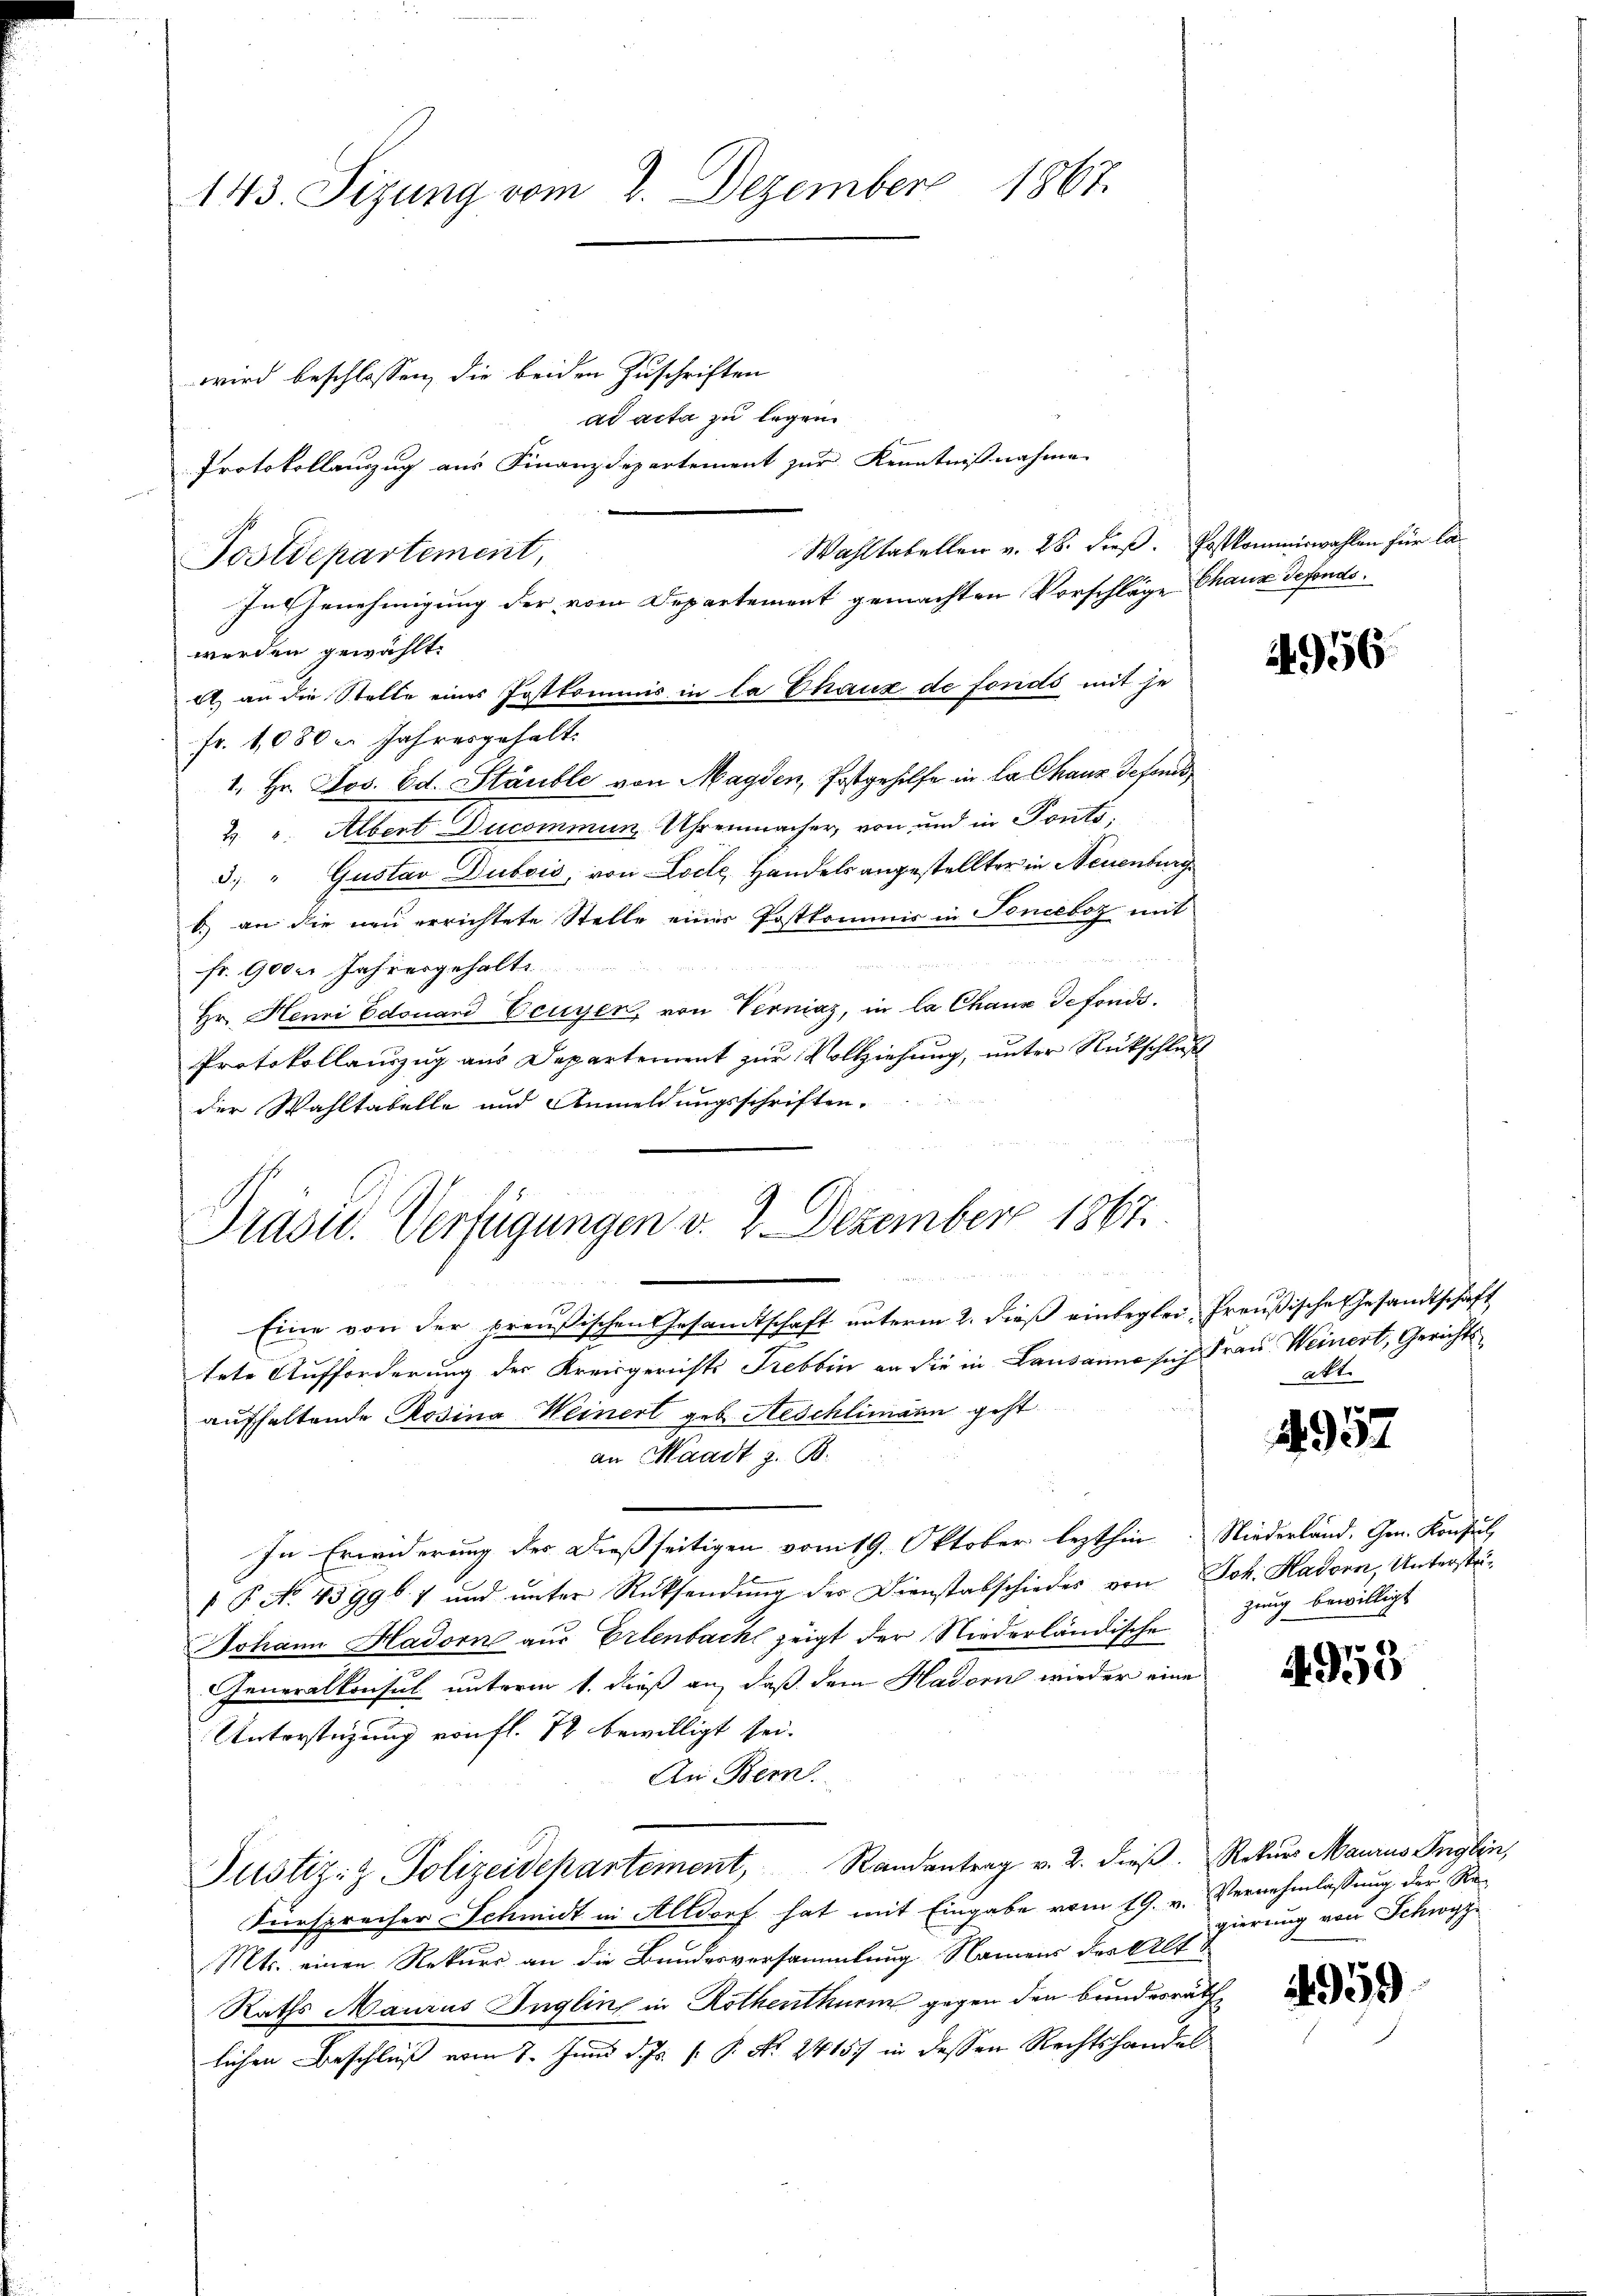
wird beschlossen, die beiden Zuschriften
ad acta zu legen
Protokollanzug aus Finanzdepartement zur Kenntnißnahme
Wahltabellen v. 28. dieß. Postkommiswahlen für la¬
In Genehmigung der vom Departement gemachten Vorschläge Chaux defondo.
werden gewählt.
A. an die Stelle eines Postkommis in la Chaux de fonds mit je
fr. 1,080er Jahresgehalt
1. Hr. Jos. Ed. Stäuble von Magden, Postgehilfe in la Chaus defens
2. v. Albert Ducommun Uhrenmacher, von und in Ponto¬
3. " Gustav Dubois, von Locle, Handels angestellter in Neuenburg
b.) an die neu errichtete Stelle einer Postkommis in Tonceboz mit
fr. 9000 Jahresgehalte
Hr. Henri Edouard Eeuyer, von Verniaz, in la Chause defonds¬
Protokollauszug aus Departement zur Vollziehung, unter Rückschluß
der Wahltabelle und Anmeldungsschriften.
Eine von der preußischen Gesandtschaft unterm 2. dieß einbeglei, Preußische Gesandtschaft
tete Aufforderung der Kreisgerichts Frebbin an die in Lausanne sich Frau Weinert, Gerichtsaufhaltende Rosina Weinert geb. Aeschlimann geht
an Waadt z. B.
In Erwiderung des Dießseitigen vom 19. Oktober lezthin. Niederländ. Gen. Konsul,
 P. No. 45996. 7 und unter Rücksendung der Dienstabschiedes von Joh. Hadorn, Unterstä¬
Johann Hadorn aus Erlenbach zeigt der Niederländische
Generalkonsul unterm 1. dieß an, daß dem Hadorn wieder eine
Unterstüzung von fl. 12 bewilligt sei.
An Bern
Justiz- & Polizeidepartement, Randantrag v. 2. dieß. Rekurs Maurus Anglin,
Fürspracher Schmidt in Altdorf hat mit Eingabe vom 19. v. Vernehmlassung der Re¬
Mts. einen Rekurs an die Bundesversammlung Namens der Alt¬
Raths Maurus Inglin in Rothenthurm gegen den bundesräth
lichen Beschluß vom 7. Juni d. Js. v. P. No. 24157 in dessen Rechtshandel

143. Sizung vom 2. Dezember 1867.

Postdepartement,

Präsid. Verfügungen v. 2. Dezember 1867.

4956

att.

4957

zung bewilligt

4953

gierung von Schwyz

4959